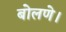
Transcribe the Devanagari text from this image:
बोलणे।